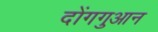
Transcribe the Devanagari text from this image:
दोंगगुआन